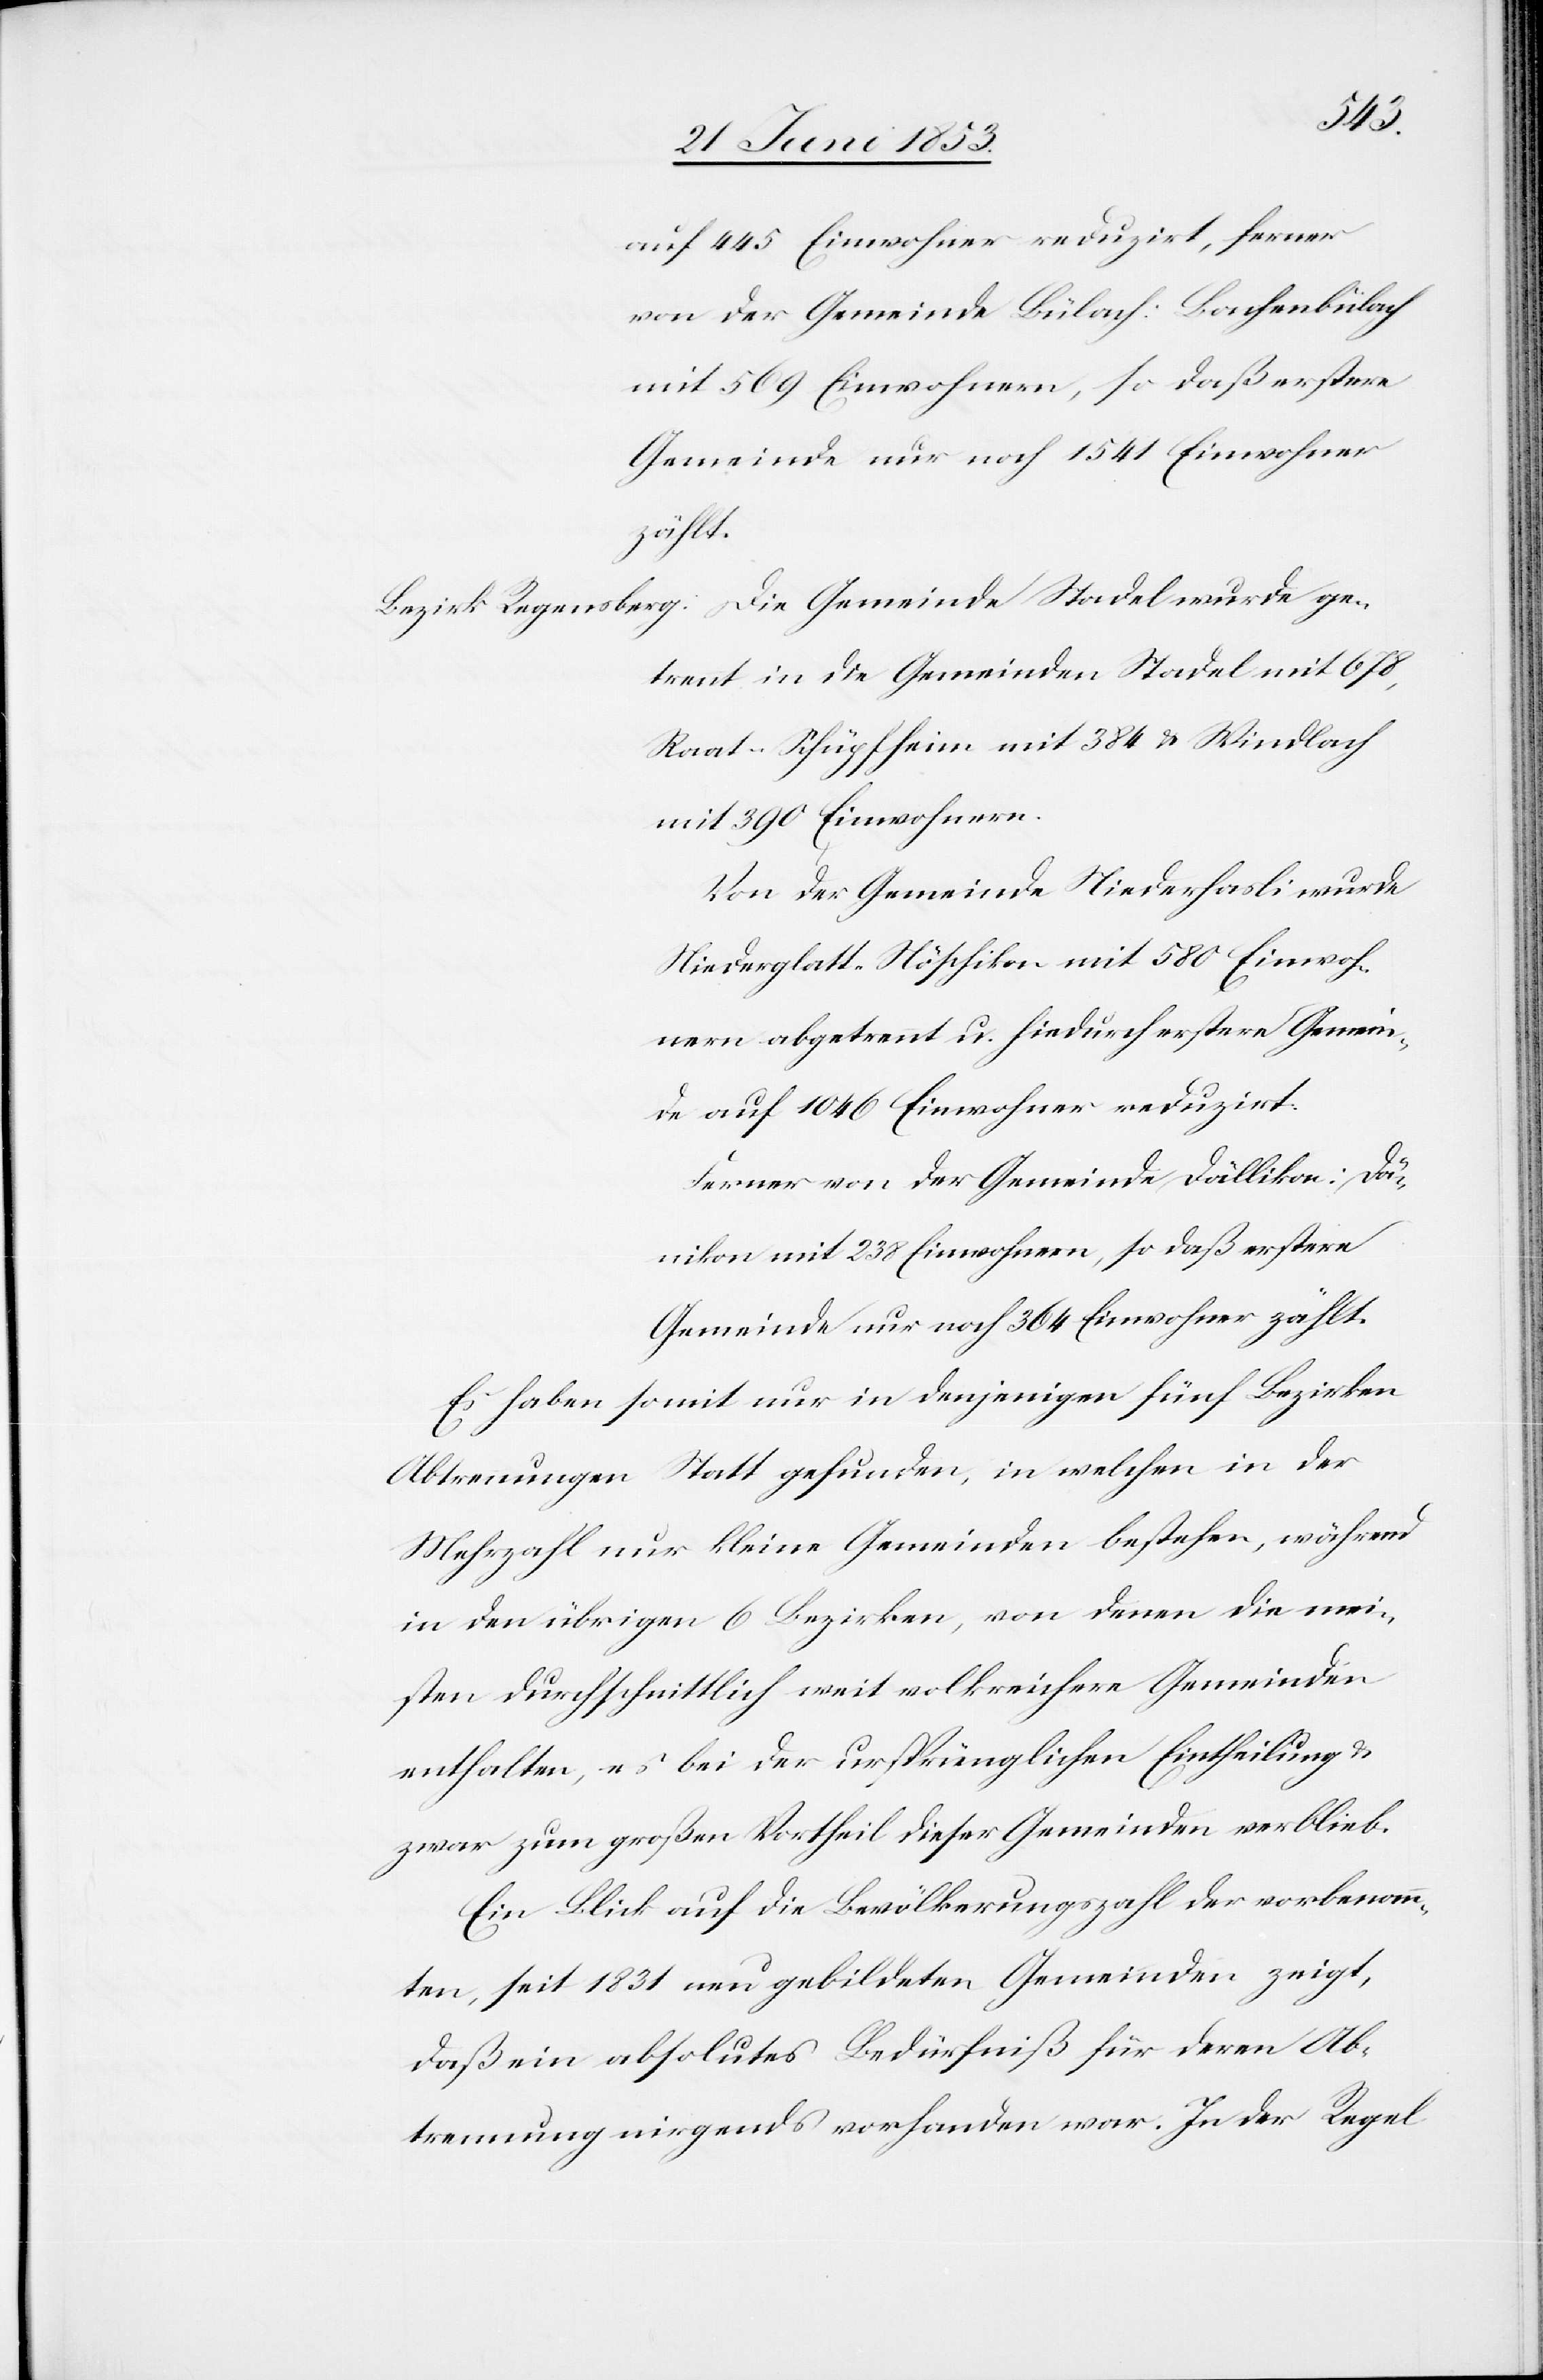
daß
von der Gemeinde Bülach: Bachenbülach
Gemeinde nur noch 1541 Einwohner
erstere
Bezirk Regensberg: Die Gemeinde Stadel wurde ge¬
trennt in die Gemeinden Stadel mit 678,
Raat-Schüpfheim mit 384 u. Windlach
mit 238 Einwohnern,
Niederglatt-Höschikon mit 580 Einwoh¬
abgetrennt u. hiedurch erstere Gemein¬
de auf 1046 Einwohner reduzirt.
Ferner von der Gemeinde Dällikon: Däni¬
Gemeinde nur noch 364 Einwohner zählt.
Es haben soweit nur in denjenigen fünf Bezirken
Abtrennungen Statt gefunden, in welchen in der
Mehrzahl nur kleine Gemeinden bestehen, während
in den übrigen 6 Bezirken, von denen die mei¬
sten durchschnittlich weit volkreichere Gemeinden
enthalten, es bei der ursprünglichen Eintheilung u.
zwar zum großen Vortheil dieser Gemeinden verblieb.
Ein Blick auf die Bevölkerungszahl der vorbenann¬
ten, seit 1831 neu gebildeten Gemeinden zeigt,
daß ein absolutes Bedürfniß für deren Ab¬
trennung nirgends vorhanden war. In der Regel